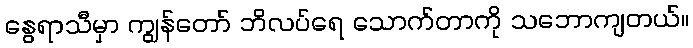
နွေရာသီမှာ ကျွန်တော် ဘိလပ်ရေ သောက်တာကို သဘောကျတယ်။